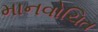
માનવોચિત